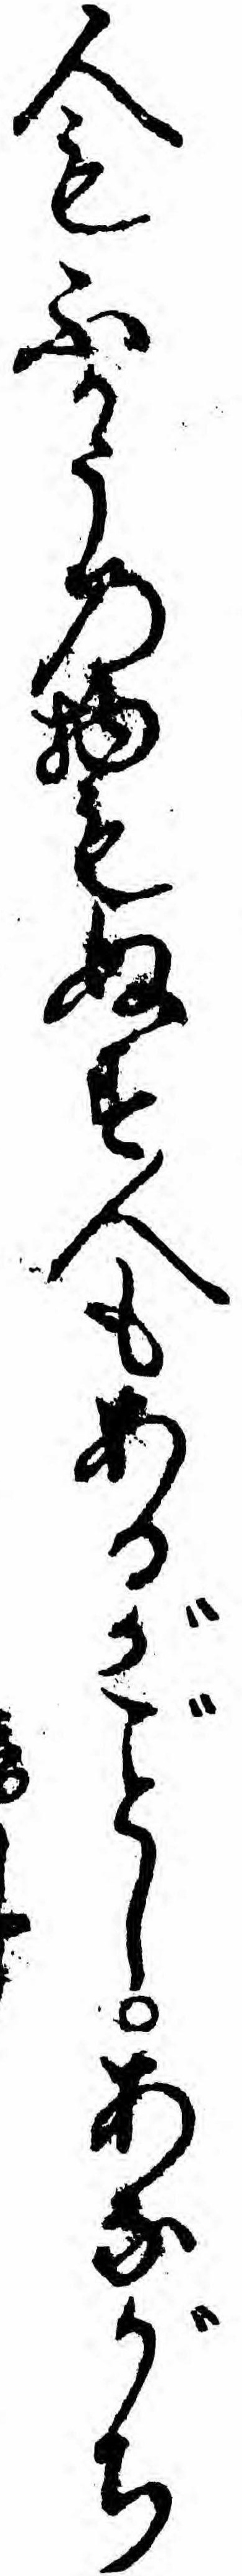
人もふかうの物もぬす人もあるがしあながち